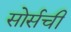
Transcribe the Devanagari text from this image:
सोर्सची